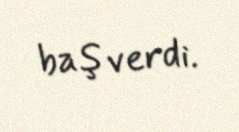
baş verdi.